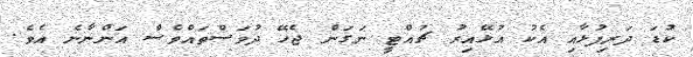
ކުޑަ ދަރިފުޅާއި އެކު އުޅޭއިރު ޗުއްޓީ ނަގަން ޖެހޭ ދުވަސްތައްވެސް އަންނާނެ އެވެ.